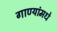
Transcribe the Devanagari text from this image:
गाण्यांमधे